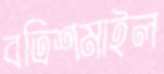
বত্রিশমাইল